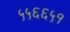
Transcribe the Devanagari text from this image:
५५६६५१